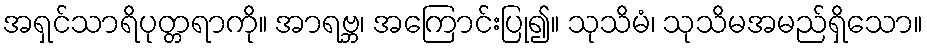
အရှင်သာရိပုတ္တရာကို။ အာရဗ္ဘ၊ အကြောင်းပြု၍။ သုသိမံ၊ သုသိမအမည်ရှိသော။